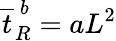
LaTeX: \overline{{t}}_{R}^{\ b}=aL^{2}